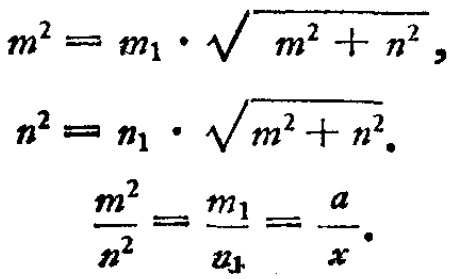
\[

\begin{align*}

m^{2}&=m_{1}\cdot\sqrt{m^{2}+n^{2}},\\

n^{2}&=n_{1}\cdot\sqrt{m^{2}+n^{2}}.\\

\frac{m^{2}}{n^{2}}&=\frac{m_{1}}{n_{1}}=\frac{a}{x}.

\end{align*}

\]